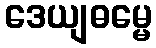
ဒေယျဓမ္မေ